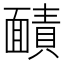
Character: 𮧐